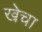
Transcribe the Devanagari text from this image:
खेचा